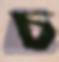
চ